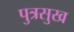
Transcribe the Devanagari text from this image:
पुत्रसुख